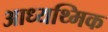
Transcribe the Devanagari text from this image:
आध्यथ्मिक